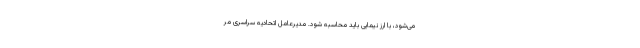
می‌شود، با ارز نیمایی باید محاسبه شود. مدیرعامل اتحادیه سراسری مر